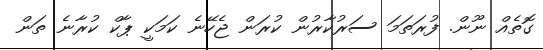
ގޮތެއް ނޫން. ފުރަތަމަ ސަރުކާރުން ކުރަން ޖެހޭނެ ކަމަކީ ޕާކް ކުރާނެ ތަން